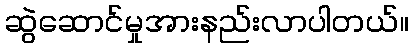
ဆွဲဆောင်မှုအားနည်းလာပါတယ်။